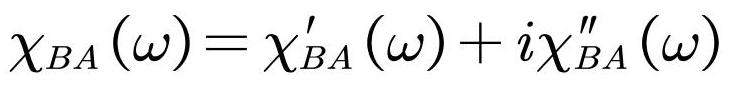
$\chi_{BA}(\omega)=\chi_{BA}'(\omega)+i\chi_{BA}''(\omega)$